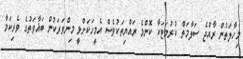
މިހާލަތުން ރާއްޖެ ސަލާމަތް ކުރުމަޓަކާ ކޮންމެ ރައްޔިތަކުވެސް އެމީހަކަށްވީ މިންވަރަކުން ބަޣާވަތުގެ ވެރިކަމާ